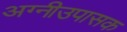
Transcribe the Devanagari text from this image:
अग्नीउपासक